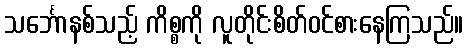
သင်္ဘောနစ်သည့် ကိစ္စကို လူတိုင်းစိတ်ဝင်စားနေကြသည်။